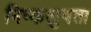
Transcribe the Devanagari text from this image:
निष्कलुषता